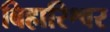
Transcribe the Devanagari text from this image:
बिहारिश्वर